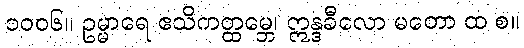
၁၀၀၆။ ဥမ္မာရေ ဧသိကတ္ထမ္ဘေ၊ ဣန္ဒခီလော မတော ထ စ။